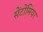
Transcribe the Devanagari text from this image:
सेंटोंमियर